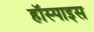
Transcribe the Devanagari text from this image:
हॉस्पाइस